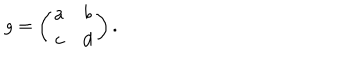
LaTeX: g = \left( \begin{array} { c c } { { a } } & { { b } } \\ { { c } } & { { d } } \\ \end{array} \right) .